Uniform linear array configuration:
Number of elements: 32
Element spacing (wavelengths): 0.75
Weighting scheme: binomial
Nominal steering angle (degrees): -45
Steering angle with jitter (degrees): -44.05
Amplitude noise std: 0.05
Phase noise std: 0.05

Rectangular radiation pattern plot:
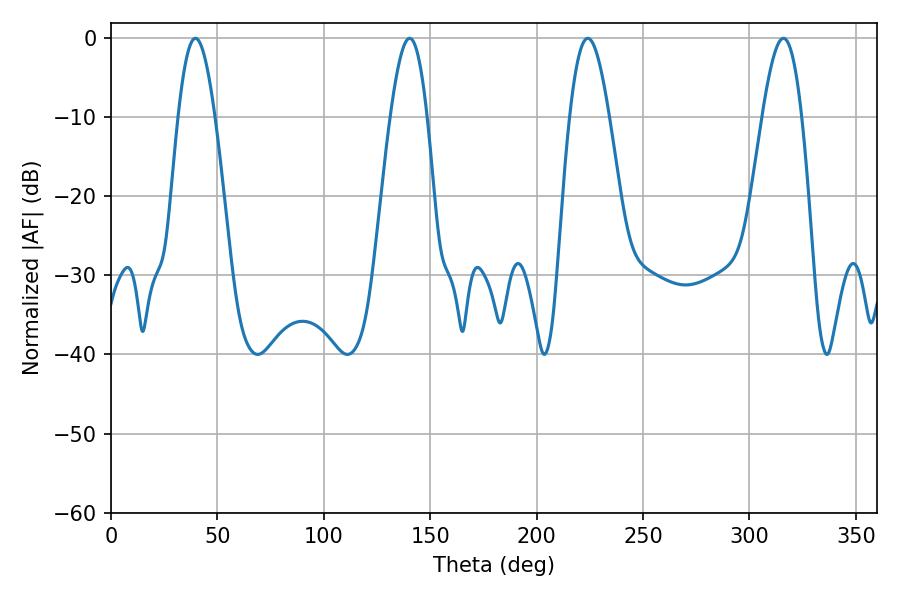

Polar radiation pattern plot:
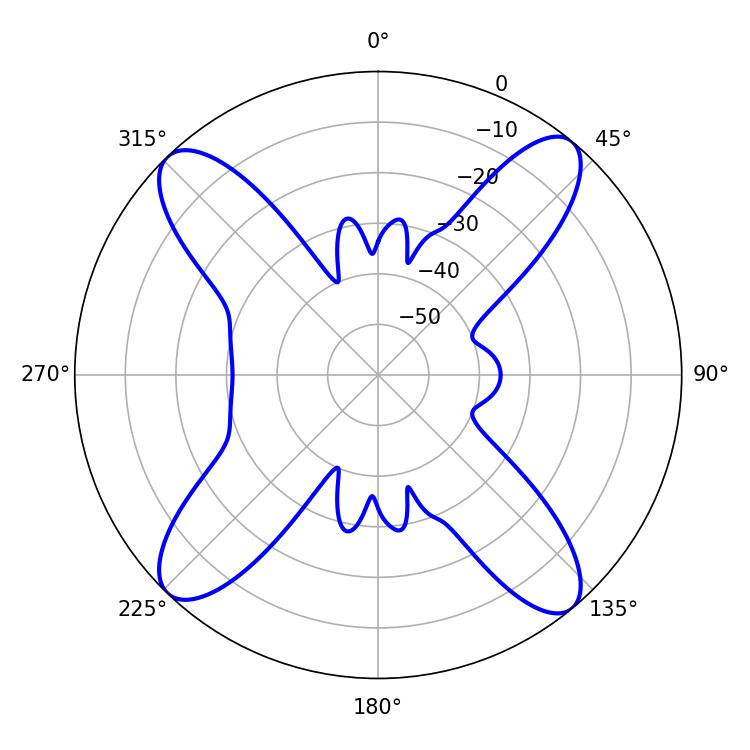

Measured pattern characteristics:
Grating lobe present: TRUE
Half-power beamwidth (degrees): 9.36
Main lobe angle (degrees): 39.6